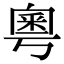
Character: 粵